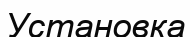
Установка